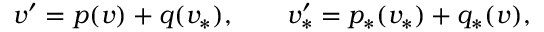
v ^ { \prime } = p ( v ) + q ( v _ { \ast } ) , \qquad v _ { \ast } ^ { \prime } = p _ { \ast } ( v _ { \ast } ) + q _ { \ast } ( v ) ,